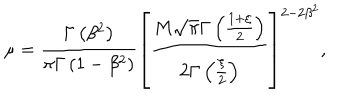
LaTeX: \mu = \frac { \Gamma \left( \beta ^ { 2 } \right) } { \pi \Gamma \left( 1 - \beta ^ { 2 } \right) } \left[ \frac { M \sqrt { \pi } \Gamma \left( \frac { 1 + \xi } { 2 } \right) } { 2 \Gamma \left( \frac { \xi } { 2 } \right) } \right] ^ { 2 - 2 \beta ^ { 2 } } ,